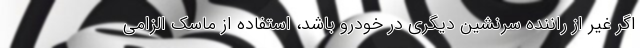
اگر غیر از راننده سرنشین دیگری در خودرو باشد، استفاده از ماسک الزامی